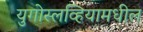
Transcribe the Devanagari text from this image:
युगोस्लव्हियामधील